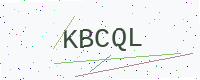
Text: KBCQL